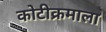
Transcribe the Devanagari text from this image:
कोटीक्रमाला